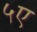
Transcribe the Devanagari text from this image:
५ए